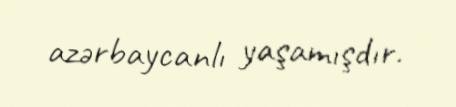
azərbaycanlı yaşamışdır.